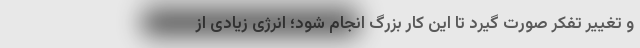
و تغییر تفکر صورت گیرد تا این کار بزرگ انجام شود؛ انرژی زیادی از